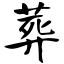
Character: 葬